Vaccination North-Western Provinces 1866-1877 - 1866-1877
Year: 1866
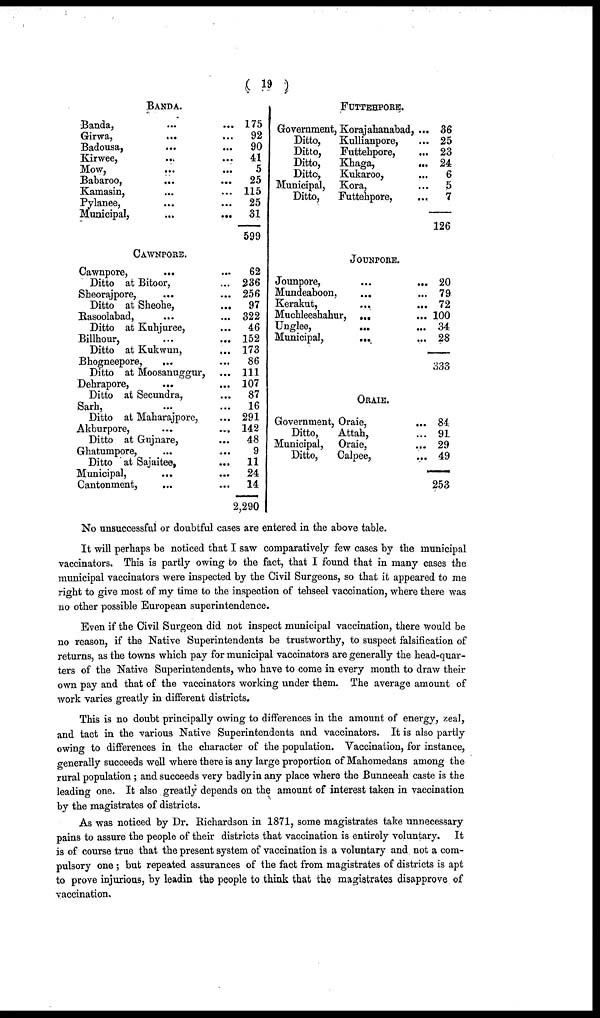
( 19 )
BANDA.
Banda,
...
...
Girwa,
...
...
Badousa, ... ...
Kirwee, ... ...
Mow, ... ...
Babaroo, ... ...
Kamasin, ... ...
Pylanee, ... ...
Municipal,
...
...
CAWNPORE.
Cawnpore, ... ...
Ditto at Bitoor, ... ...
Sheorajpore, ... ...
Ditto at Sheohe,
...
...
Rasoolabad, ... ...
Ditto at Kuhjuree, ... ...
Billhour, ... ...
Ditto at Kukwun, ... ...
Bhogneepore, ... ...
Ditto at Moosanuggur, ...
Dehrapore, ... ...
Ditto at Secundra, ... ...
Sarh, ... ...
Ditto at Maharajpore, ...
Akburpore,
...
...
Ditto at Gujnare, ... ...
Ghatumpore, ... ...
Ditto at Sajaitee, ... ...
Municipal, ... ...
Cantonment, ... ...
175
92
90
41
5
25
115
25
31
599
62
236
256
97
322
46
152
173
86
111
107
87
16
291
142
48
9
11
24
14
2,290
FUTTEHPORE.
Government, Korajahanabad, ...
Ditto,
Kullianpore, ...
Ditto, Futtehpore, ...
Ditto, Khaga. ...
Ditto, Kukaroo ...
Municipal, Kora ...
Ditto, Futtehpore, ...
JOUNPORE.
Jounpore, ... ...
Mundeaboon, ... ...
Kerakut,
...
...
Muchleeshahur, ... ...
Unglee,
...
...
Municipal, ... ...
ORAIE.
Government, Oraie, ...
Ditto,
Attah, ...
Municipal, Oraie, ...
Ditto,
Calpee, ...
36
25
23
24
6
5
7
126
20
79
72
100
34
28
333
84
91
29
49
253
No unsuccessful or doubtful cases are entered in the above table.
It will perhaps be noticed that I saw comparatively few cases by the municipal
vaccinators. This is partly owing to the fact, that I found that in many cases the
municipal vaccinators were inspected by the Civil Surgeons, so that it appeared to me
right to give most of my time to the inspection of tehseel vaccination, where there was
no other possible European superintendence.
Even if the Civil Surgeon did not inspect municipal vaccination, there would be
no reason, if the Native Superintendents be trustworthy, to suspect falsification of
returns, as the towns which pay for municipal vaccinators are generally the head-quar-
ters of the Native Superintendents, who have to come in every month to draw their
own pay and that of the vaccinators working under them. The average amount of
work varies greatly in different districts.
This is no doubt principally owing to differences in the amount of energy, zeal,
and tact in the various Native Superintendents and vaccinators. It is also partly
owing to differences in the character of the population. Vaccination, for instance,
generally succeeds well where there is any large proportion of Mahomedans among the
rural population; and succeeds very badly in any place where the Bunneeah caste is the
leading one. It also greatly depends on the amount of interest taken in vaccination
by the magistrates of districts.
As was noticed by Dr. Richardson in 1871, some magistrates take unnecessary
pains to assure the people of their districts that vaccination is entirely voluntary. It
is of course true that the present system of vaccination is a voluntary and not a com-
pulsory one; but repeated assurances of the fact from magistrates of districts is apt
to prove injurious, by leadin the people to think that the magistrates disapprove of
vaccination.